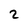
Character: 2